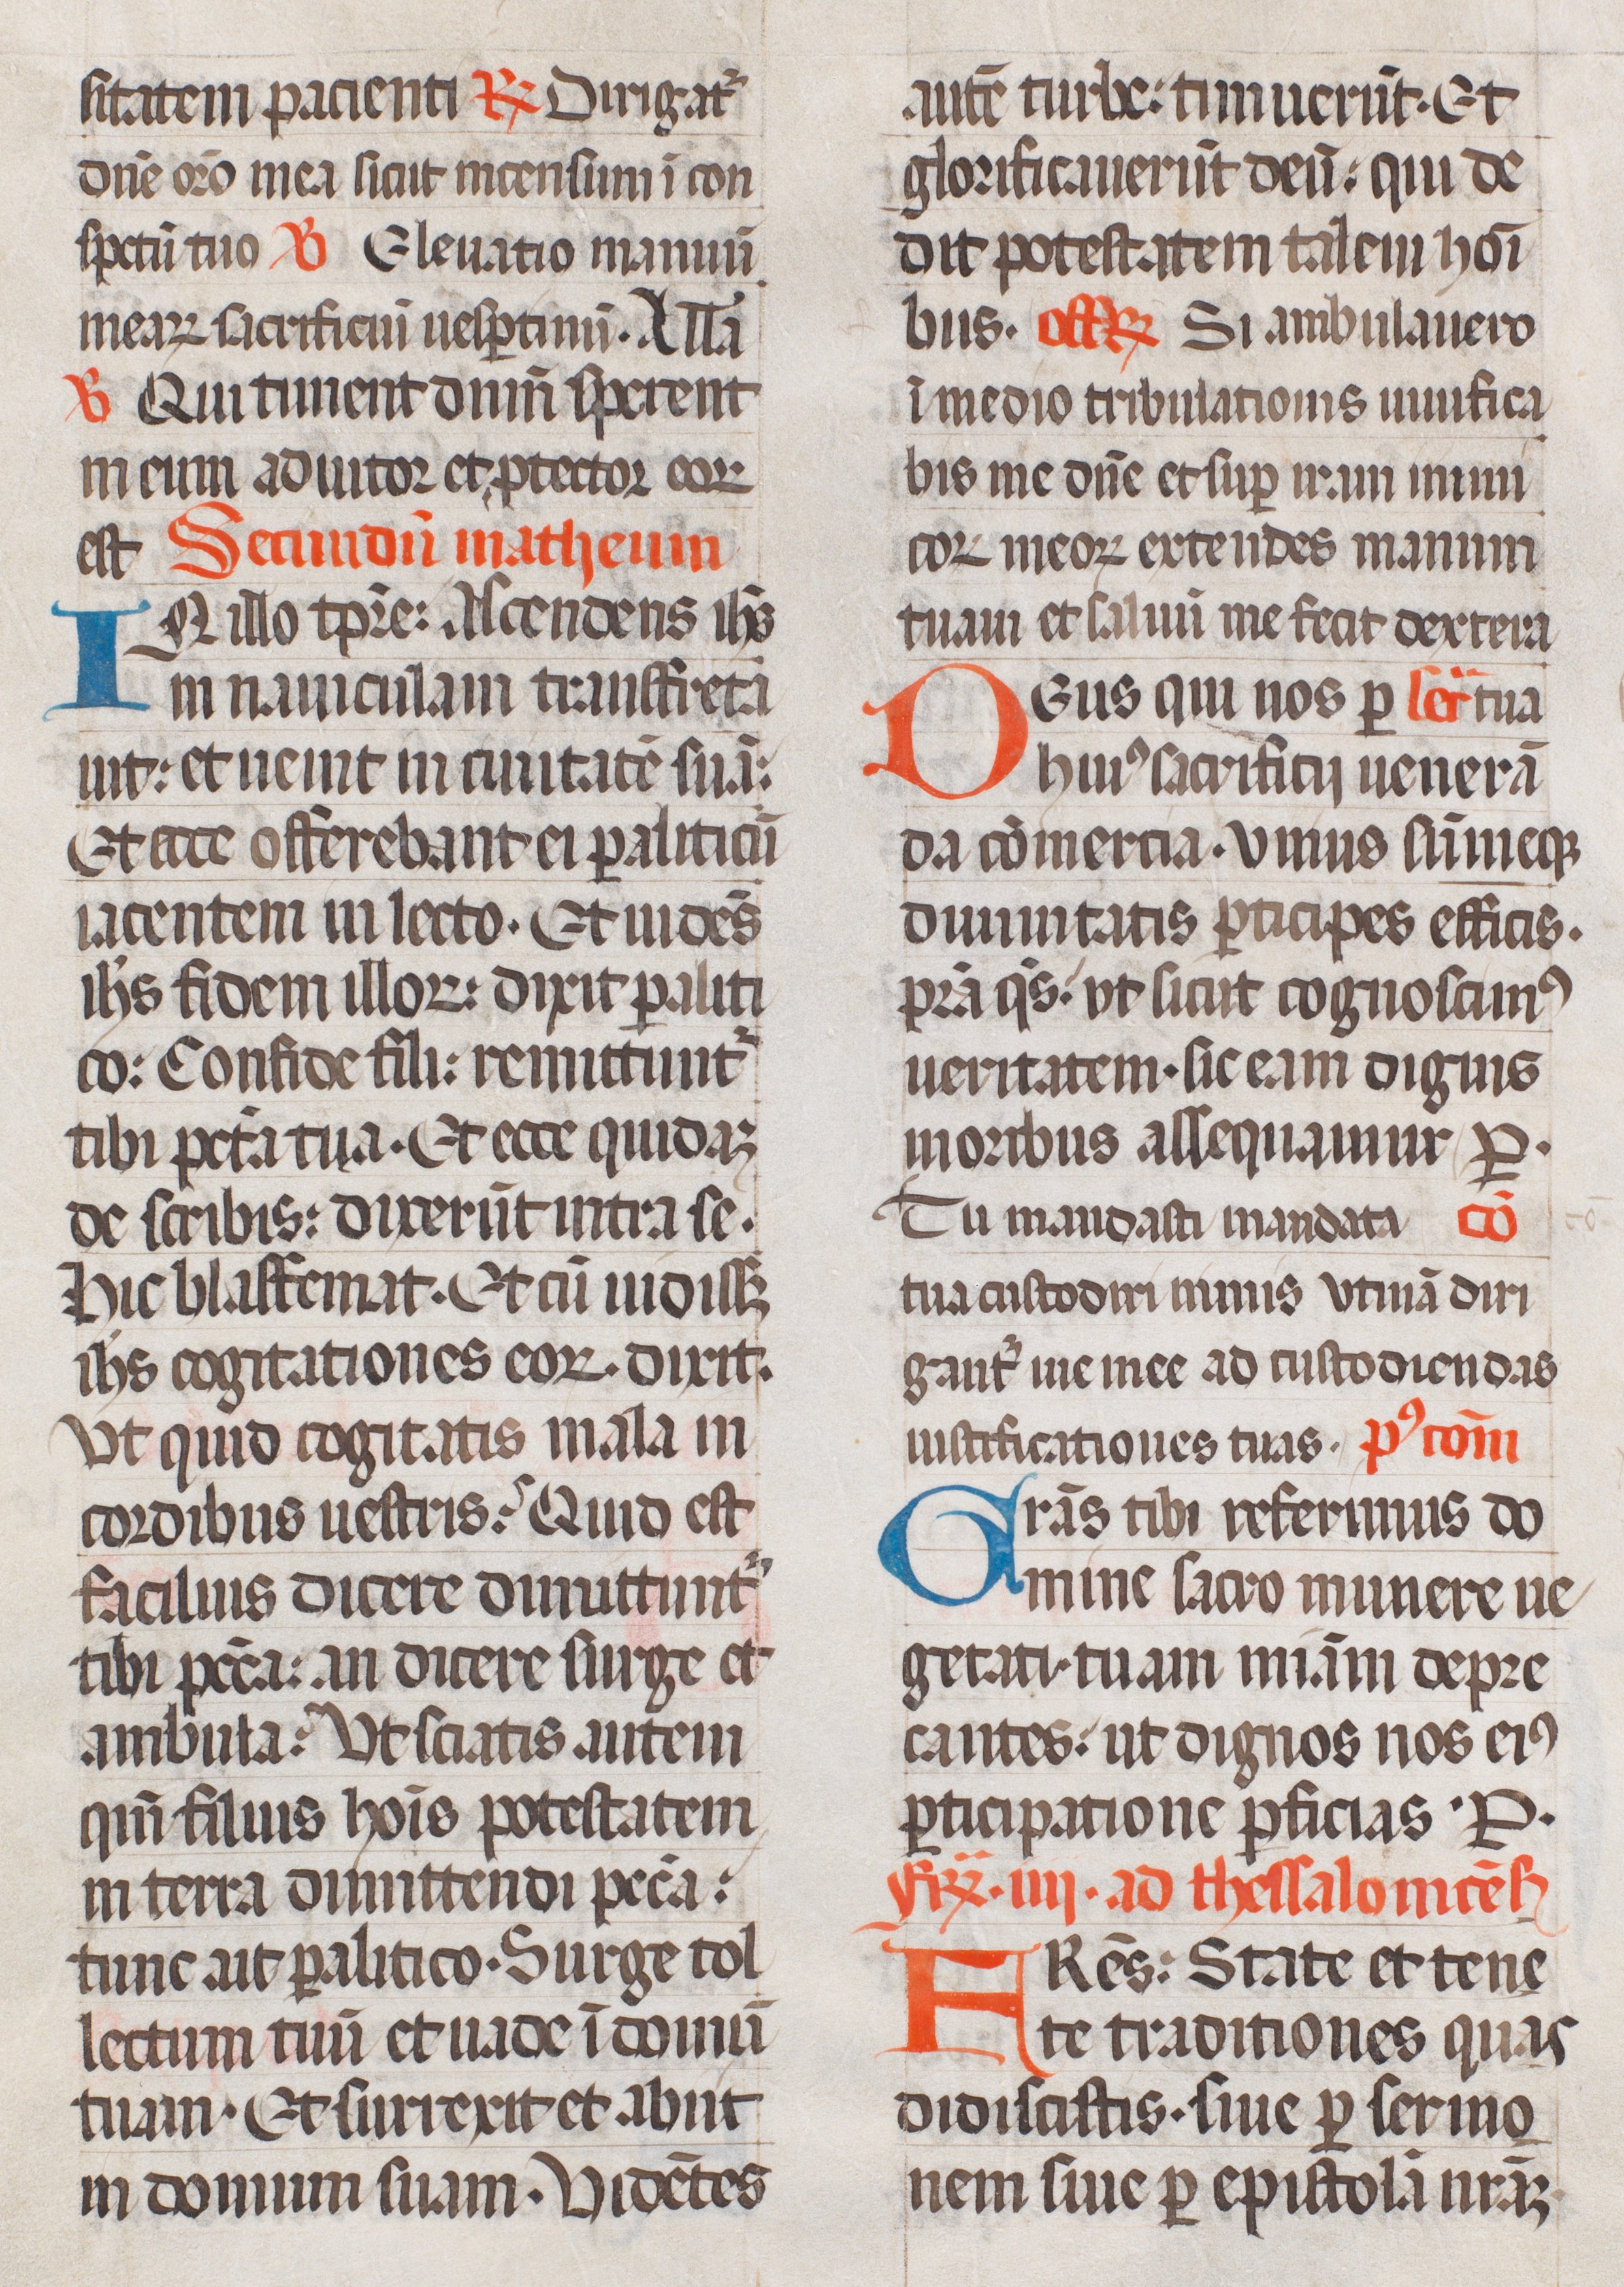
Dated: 1400–1499